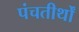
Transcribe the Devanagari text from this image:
पंचतीर्थों